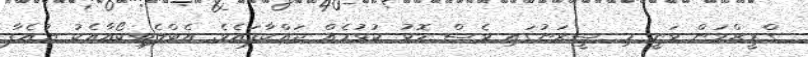
ގްރީޒްމަން ވަނީ މި ސީޒަނުގައި ވެސް މޮޅު ކުޅުމެއް ދައްކާފައެވެ. އެޓްލެޓިކޯއާއެކު ޔުއެފާ